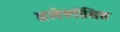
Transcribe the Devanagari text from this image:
अस्बेस्तोसिस